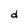
Character: d